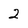
Character: 2